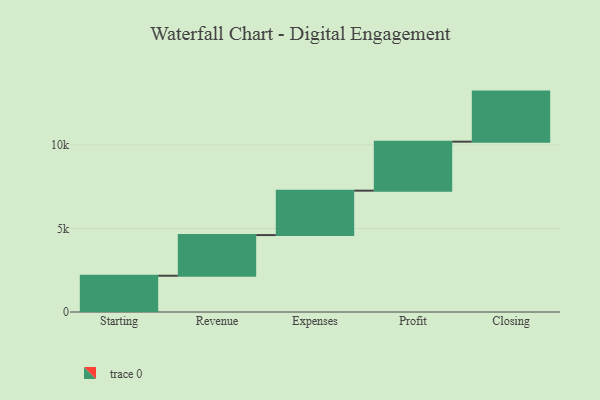
{"axis": {"x": "Step", "y": "Value"}, "legend": [""], "data": [{"x": "Starting", "y": 2171.0, "type": ""}, {"x": "Revenue", "y": 2434.0, "type": ""}, {"x": "Expenses", "y": 2660.0, "type": ""}, {"x": "Profit", "y": 2933.0, "type": ""}, {"x": "Closing", "y": 2997.0, "type": ""}]}